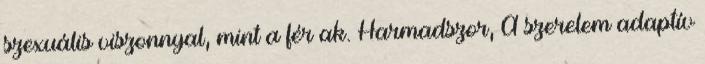
szexuális viszonnyal, mint a férﬁak. Harmadszor, A szerelem adaptív